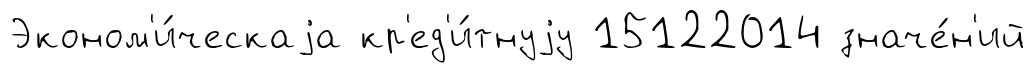
Эконом'и́ческаjа кр'ед'и́тнуjу 15122014 значе́н'ий